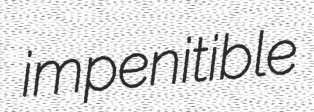
impenitible